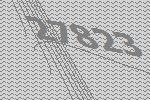
27823